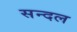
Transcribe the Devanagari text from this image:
सन्दल